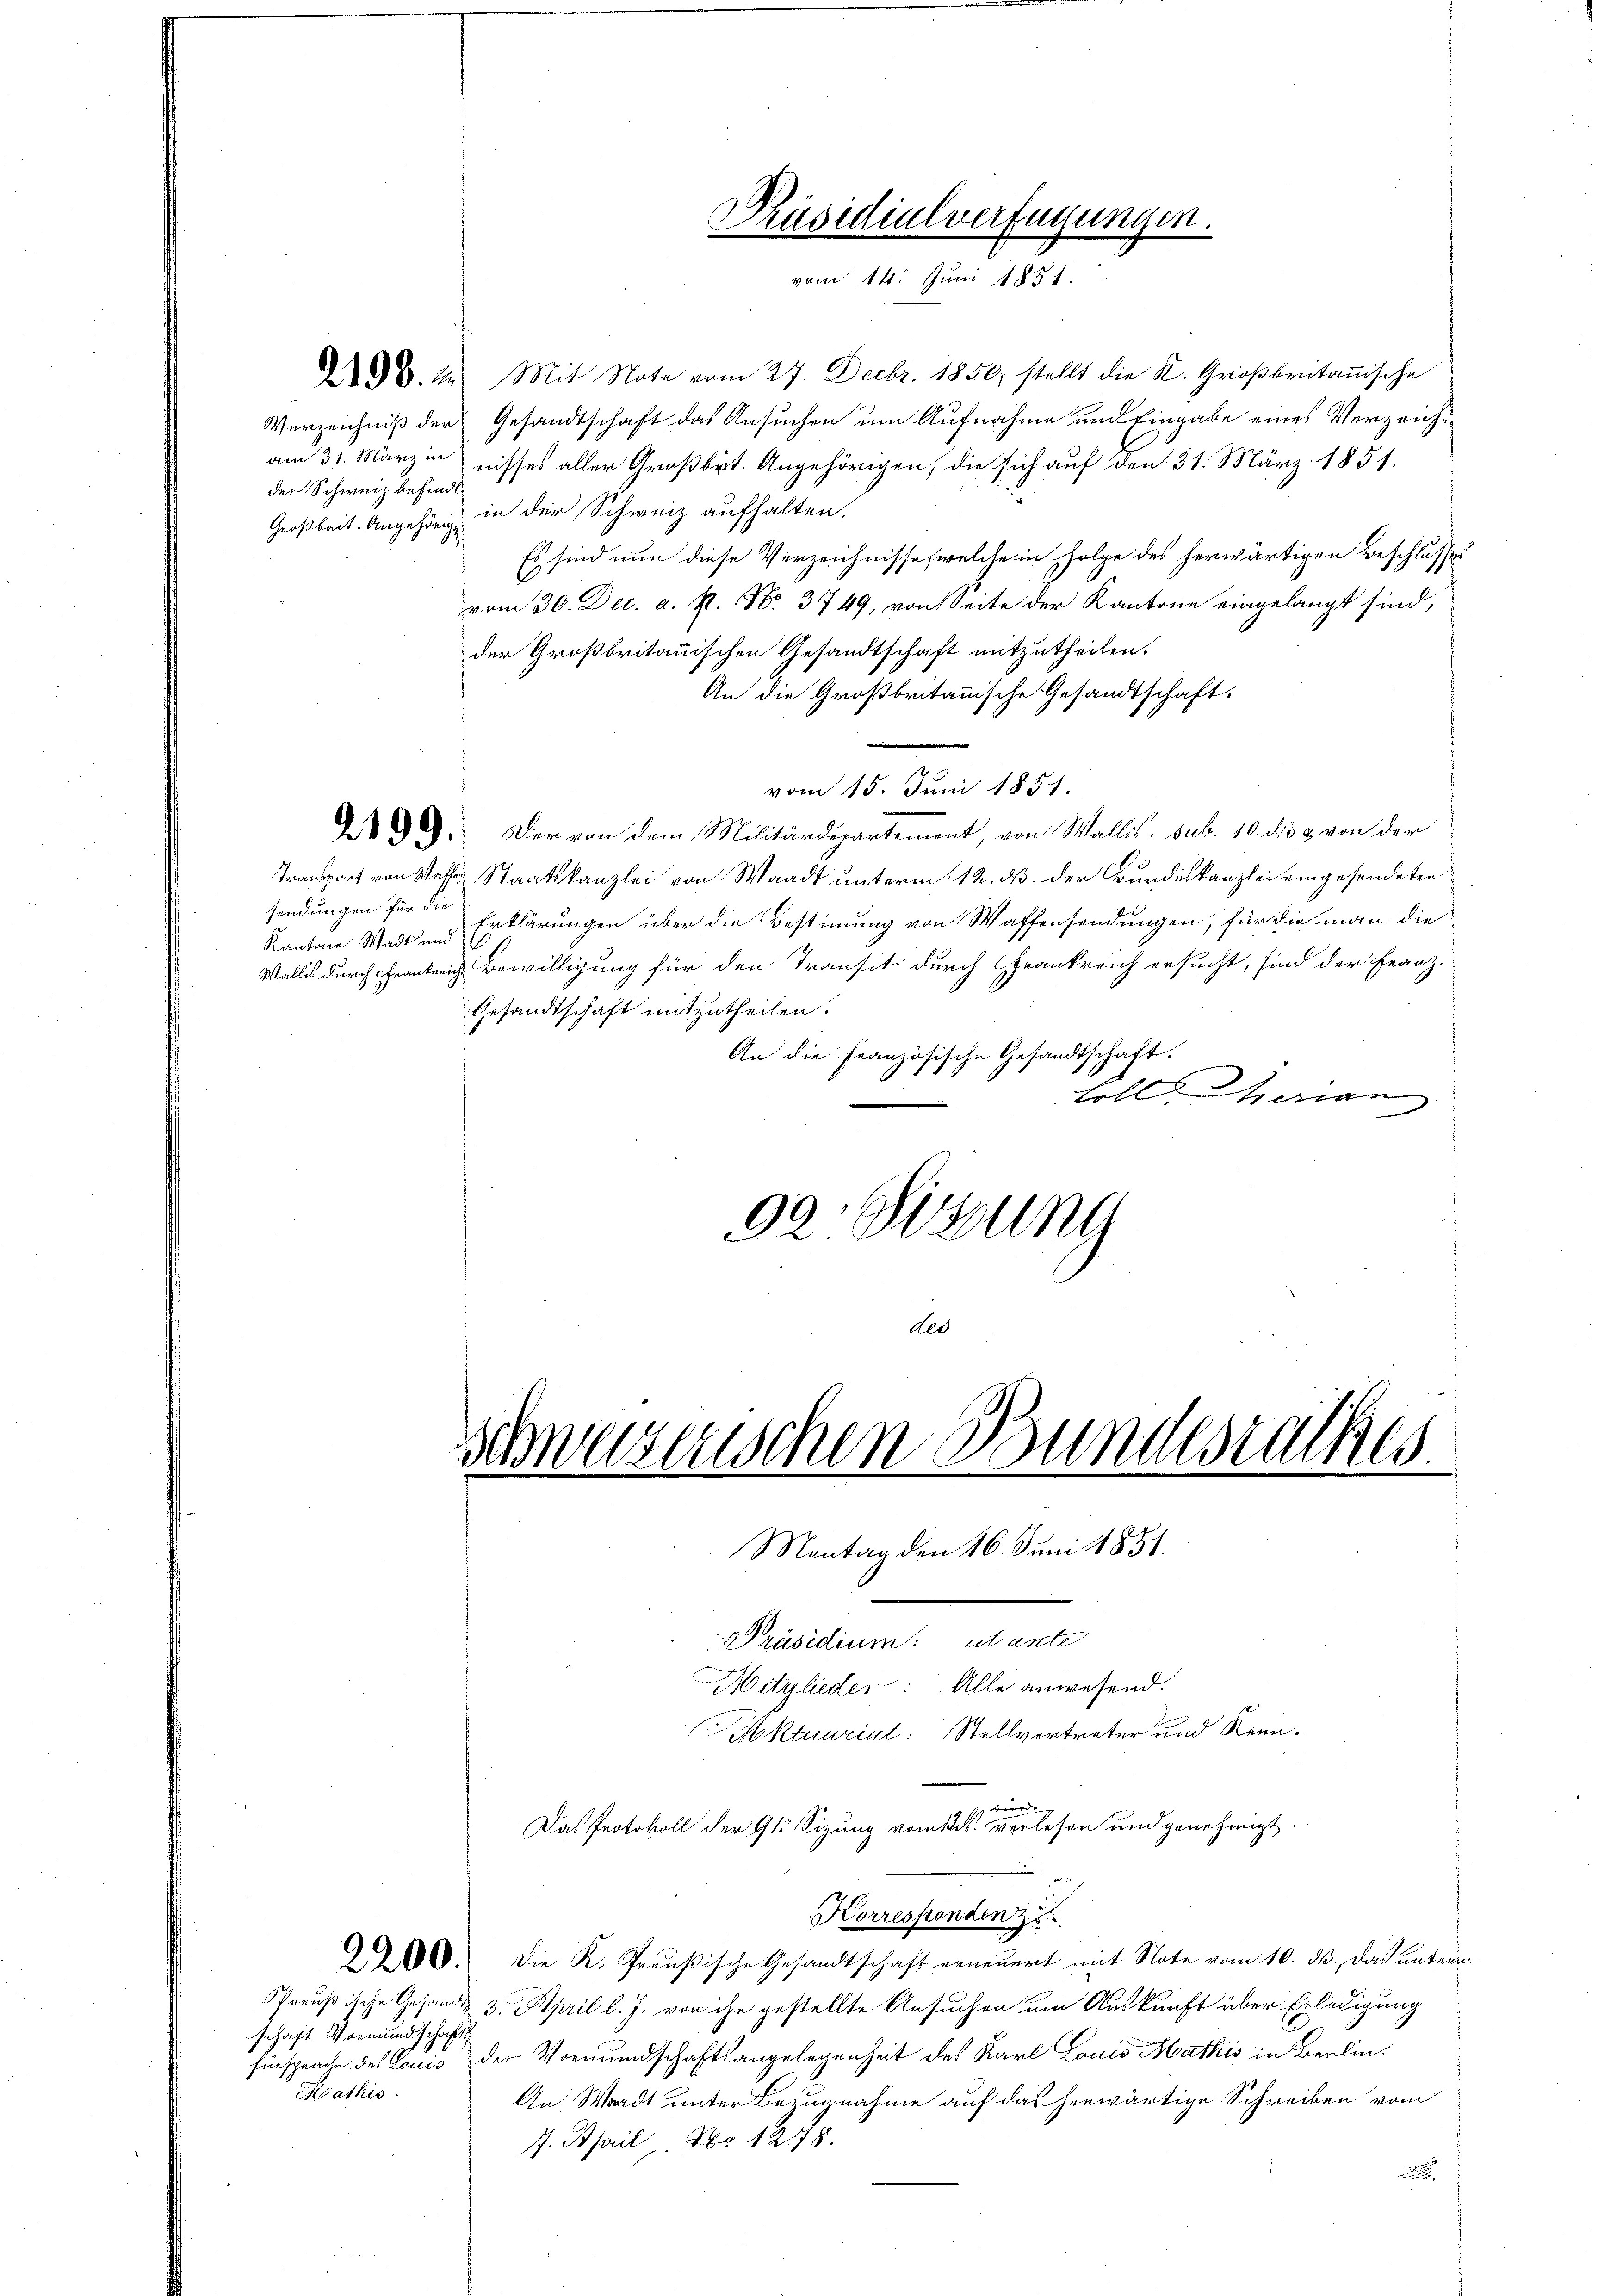
der Schweiz befindl.

88. 22. Mit Note vom 27. Decbr. 1850, stellt die K. Großbritanische
Verzeichniß der Gesandtschaft das Ansuchen um Aufnahme und Eingabe eines Verzeicham 31. März innisses aller Großbrit. Angehörigen, die sich auf den 31. März 1851.
Großbeit. Angehörig in der Schweiz aufhalten,
Es sind nun diese Verzeichnisse, welche in Folge des herwärtigen Beschlusses
vom 30. Dec. a. R. No. 3749, von Seite der Kantone eingelangt sind,
der Großbritannischen Gesandtschaft mitzutheilen.
An die Großbritanische Gesandtschaft.
vom 15. Juni 1851.
3 D. Der von dem Militärdepartement, von Wallis, sub. 10. ds & von der
Transport von Walten Staatskanzlei von Waadt unterm 12. ds. der Bundeskanzlei eingesendeten
sendungen für die
Erklärungen über die Bestimmung von Waffensendungen, für die man die
Kantone Wadt und
Wallis durch Frankereich Bewilligung für den Transit durch Frankreich ersucht, sind der Franz¬
Gesandtschaft mitzutheilen.
An die Französische Gesandtschaft.
soll. Marian
92 Sizung
Ald

2200.

schaft Vormundschaft
Mathis

schnetenschen Bundesrathes
Montag den 16. Juni 1851.

Präsidialverfügun
vom 14. Juni 1851.

Präsidium: ut unte
Mitglieder: Alle anwesend.
 würde
Das Protokoll der 91. Sizung vom 12. verlesen und genehmigt
Korresponden z
Die R. Preußische Gesandtschaft erneuert mit Note vom 10. ds. das unterm
Preußische Gesandt 3. April l. J. von ihr gestellte Ansuchen um Auskunft über Erledigung
fürsprache des Louis der Vormundschaftsangelegenheit des Karl Lauis Mathis in Berlin¬
An Waadt unter Bezugnahme auf das herwärtige Schreiben vom
17. April. Xbr 1278.

Moktuuriat: Stellvertreter und Renn-